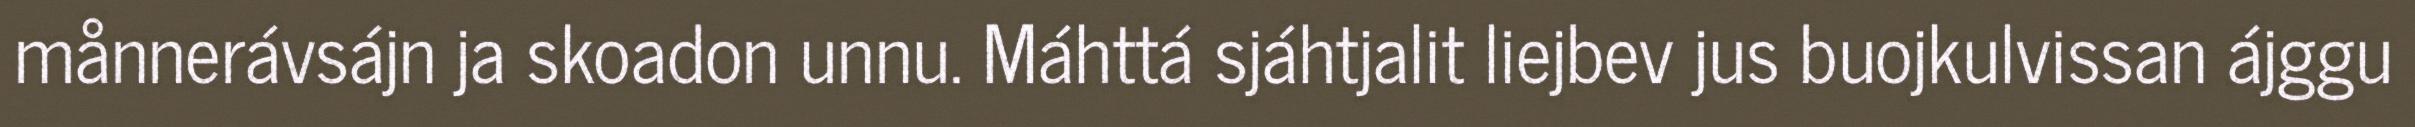
månnerávsájn ja skoadon unnu. Máhttá sjáhtjalit liejbev jus buojkulvissan ájggu